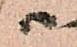
尉